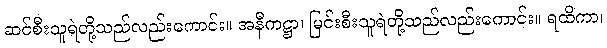
ဆင်စီးသူရဲတို့သည်လည်းကောင်း။ အနီကဋ္ဌာ၊ မြင်းစီးသူရဲတို့သည်လည်းကောင်း။ ရထိကာ၊